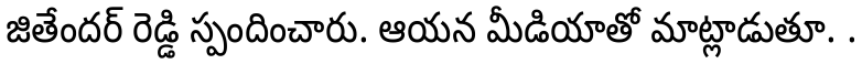
జితేందర్ రెడ్డి స్పందించారు. ఆయన మీడియాతో మాట్లాడుతూ. .